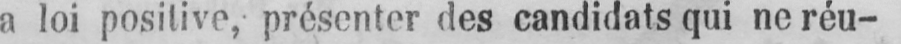
a loi positive, présenter des candidats qui ne réu-